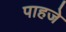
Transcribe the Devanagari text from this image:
पाहजे